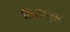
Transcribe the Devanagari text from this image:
सिलेंडर्स